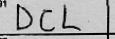
Transcription: DCL